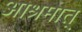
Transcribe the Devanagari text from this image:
आश्रमात्‌